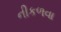
નીકળવા